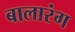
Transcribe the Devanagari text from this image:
बालारंग